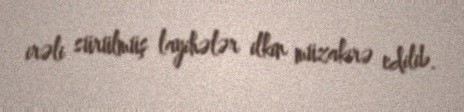
irəli sürülmüş layihələr ilkin müzakirə edilib.